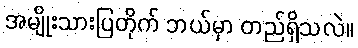
အမျိုးသားပြတိုက် ဘယ်မှာ တည်ရှိသလဲ။